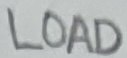
Text: LOAD